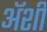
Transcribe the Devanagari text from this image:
अॅशी